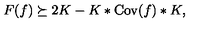
F ( f ) \succeq 2 K - K \ast \mathrm { C o v } ( f ) \ast K ,